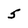
Character: 5